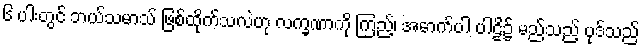
၆ ပါးတွင် ဘယ်သမာသ် ဖြစ်ထိုက်သလဲဟု လက္ခဏာကို ကြည့်၊ အောက်ပါ ပါဠိ၌ မည်သည့် ပုဒ်သည်